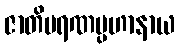
ဇာတိမရဏပ္ပဟာနာယ